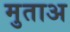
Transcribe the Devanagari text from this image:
मुताअ